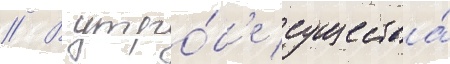
// В утро́б'е существа́